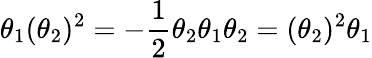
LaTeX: \theta_{1}(\theta_{2})^{2}=-{\frac{1}{2}}\theta_{2}\theta_{1}\theta_{2}=(\theta_{2})^{2}\theta_{1}